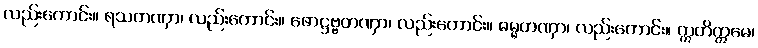
လည်းကောင်း။ ရသတဏှာ၊ လည်းကောင်း။ ဖောဋ္ဌဗ္ဗတဏှာ၊ လည်းကောင်း။ ဓမ္မတဏှာ၊ လည်းကောင်း။ ဣတိဣမေ၊